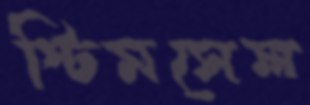
স্টিমসেল